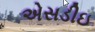
એસડીઇ